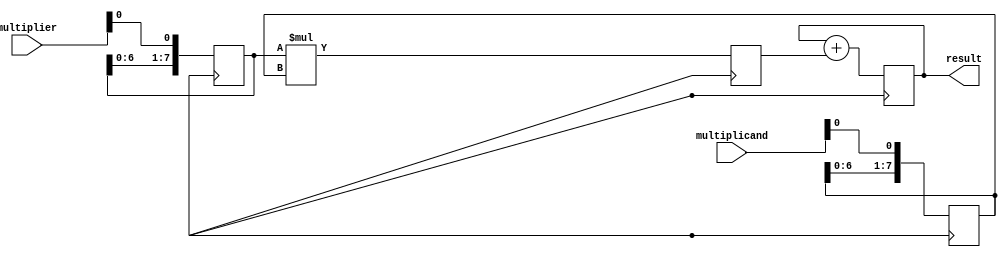
module shift_and_add_multiplier(
    input [7:0] multiplicand,
    input [7:0] multiplier,
    output reg [15:0] result
);

reg [7:0] shift_reg_multiplier;
reg [7:0] shift_reg_multiplicand;
reg [15:0] partial_product;

always @ (posedge clk) begin
    shift_reg_multiplier <= {shift_reg_multiplier[6:0], multiplier[0]};
    shift_reg_multiplicand <= {shift_reg_multiplicand[6:0], multiplicand[0]};

    partial_product <= shift_reg_multiplier * shift_reg_multiplicand;
    result <= result + partial_product;
end

endmodule